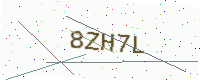
Text: 8ZH7L